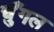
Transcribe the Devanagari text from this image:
चुँगल